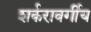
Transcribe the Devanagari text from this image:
शर्करावर्गीय